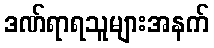
ဒဏ်ရာရသူများအနက်